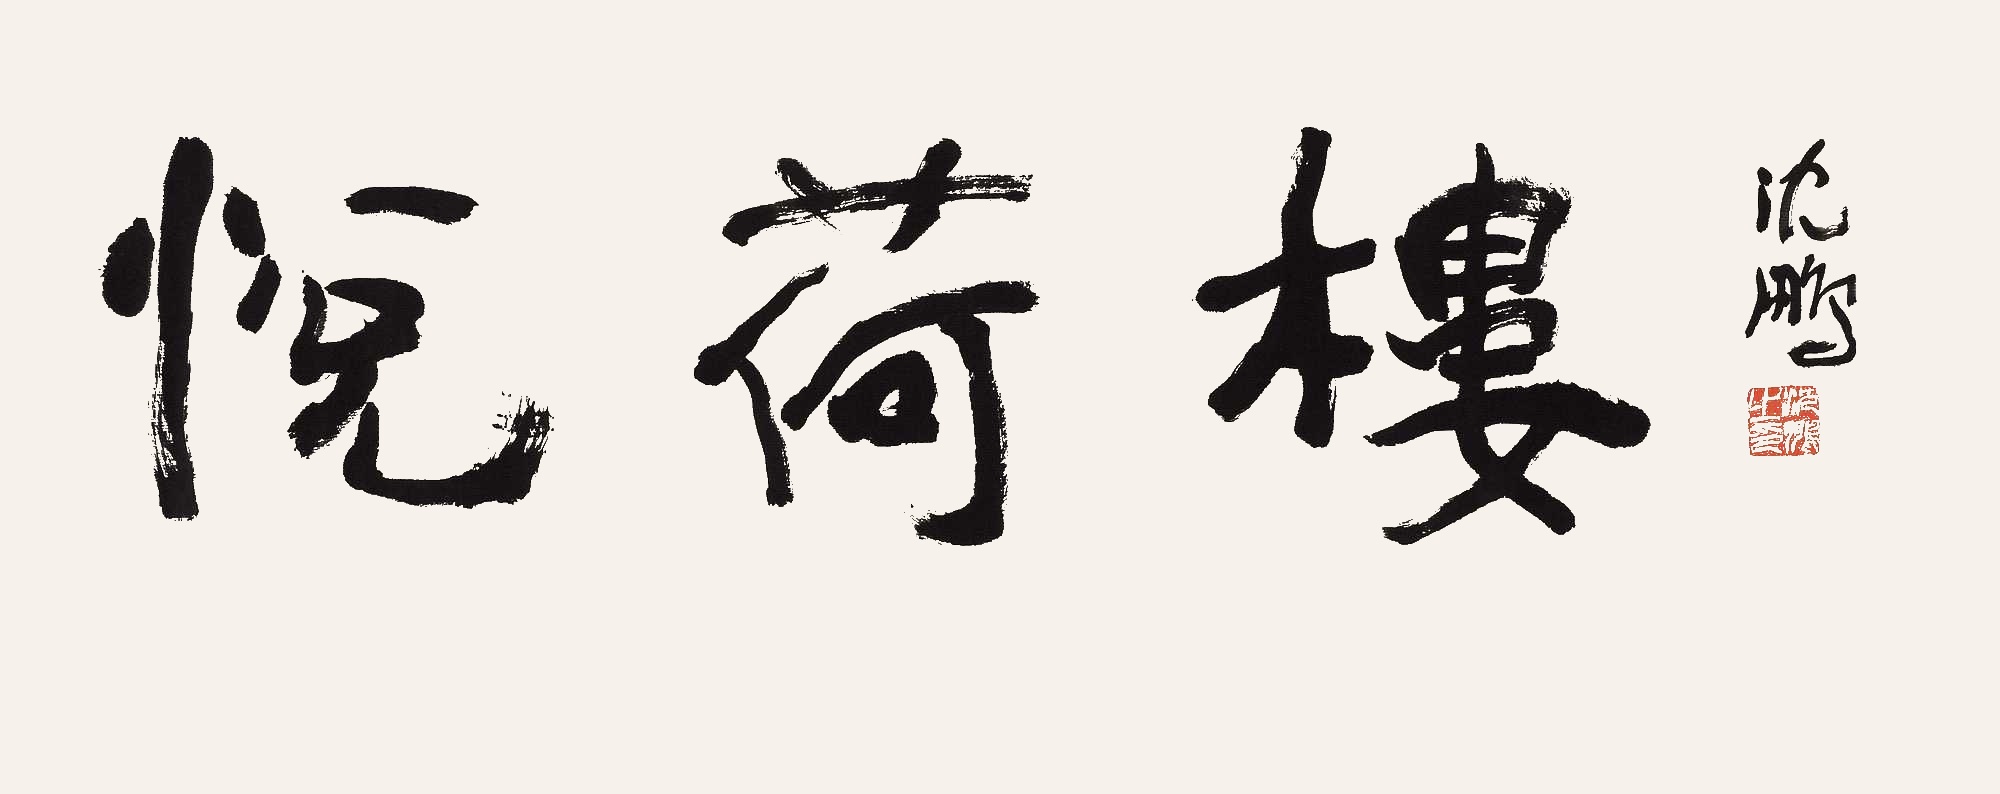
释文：悦荷楼。沈鹏。